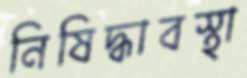
নিষিদ্ধাবস্থা